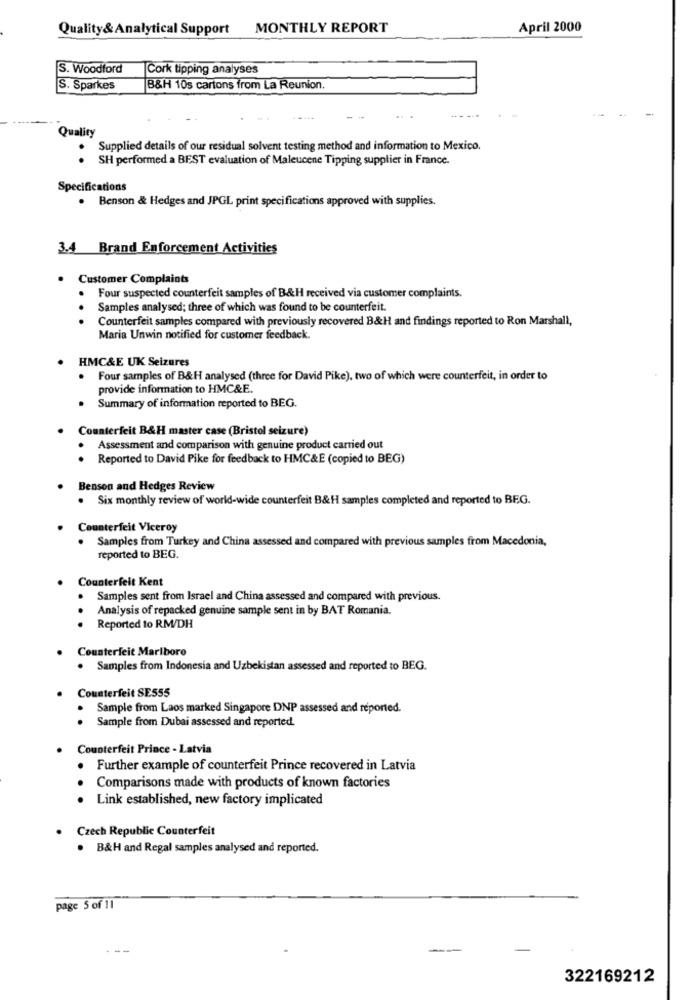
Quality& Analytical Support
MONTHLY REPORT
April 2000
S. Woodford
Cork tipping analyses
S. Sparkes
B&H 10s cartons from La Reunion.
Quality
Supplied details of our residual solvent testing method and information to Mexico.
SH performed a BEST evaluation of Maleucene Tipping supplier in France.
Specifications
Benson & Hedges and JPGL print specifications approved with supplies.
3.4 Brand Enforcement Activities
Customer Complaints
Four suspected counterfeit samples of B&H received via customer complaints.
..
Samples analysed; three of which was found to be counterfeit.
Counterfeit samples compared with previously recovered B&H and findings reported to Ron Marshall,
Maria Unwin notified for customer feedback.
HMC&E UK Seizures
. Four samples of B&H analysed (three for David Pike), two of which were counterfeit, in order to
provide information to HMC&E.
Summary of information reported to BEG.
Counterfeit B&H master case (Bristol seizure)
.
Assessment and comparison with genuine product carried out
Reported to David Pike for feedback to HMC&E (copied to BEG)
Benson and Hedges Review
. Six monthly review of world-wide counterfeit B&H samples completed and reported to BEG.
Counterfeit Viceroy
. Samples from Turkey and China assessed and compared with previous samples from Macedonia,
reported to BEG.
Counterfeit Kent
. Samples sent from Israel and China assessed and compared with previous.
Analysis of repacked genuine sample sent in by BAT Romania.
...
Reported to RM/DH
Counterfeit Marlboro
· Samples from Indonesia and Uzbekistan assessed and reported to BEG.
Counterfeit SE555
Sample from Laos marked Singapore DNP assessed and reported.
Sample from Dubai assessed and reported.
Counterfeit Prince - Latvia
. Further example of counterfeit Prince recovered in Latvia
.
Comparisons made with products of known factories
. Link established, new factory implicated
Czech Republic Counterfeit
. B&H and Regal samples analysed and reported.
page S of 11
-
322169212